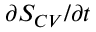
{ \partial S _ { C V } } / { \partial t }